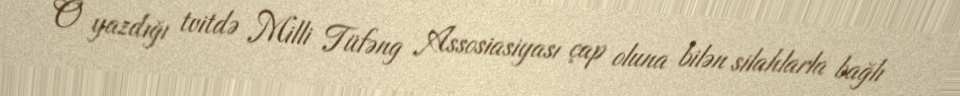
O yazdığı tvitdə Milli Tüfəng Assosiasiyası çap oluna bilən silahlarla bağlı